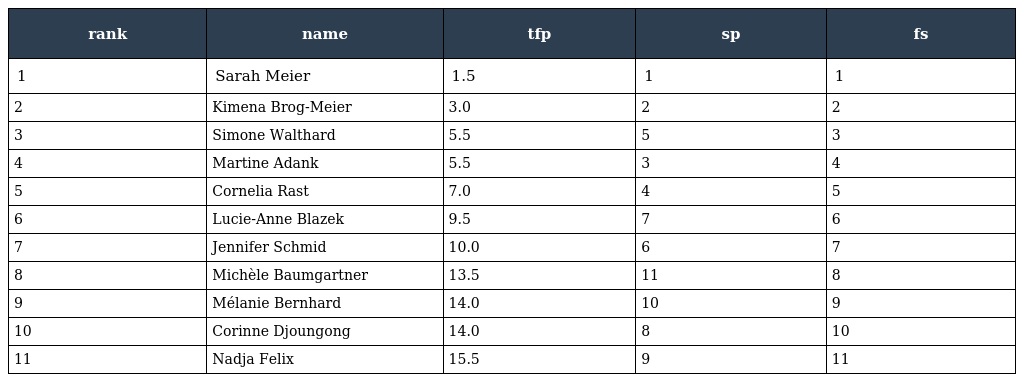
| rank | name | tfp | sp | fs |
 | --- | --- | --- | --- | --- |
 | 1 | Sarah Meier | 1.5 | 1 | 1 |
 | 2 | Kimena Brog-Meier | 3.0 | 2 | 2 |
 | 3 | Simone Walthard | 5.5 | 5 | 3 |
 | 4 | Martine Adank | 5.5 | 3 | 4 |
 | 5 | Cornelia Rast | 7.0 | 4 | 5 |
 | 6 | Lucie-Anne Blazek | 9.5 | 7 | 6 |
 | 7 | Jennifer Schmid | 10.0 | 6 | 7 |
 | 8 | Michèle Baumgartner | 13.5 | 11 | 8 |
 | 9 | Mélanie Bernhard | 14.0 | 10 | 9 |
 | 10 | Corinne Djoungong | 14.0 | 8 | 10 |
 | 11 | Nadja Felix | 15.5 | 9 | 11 |